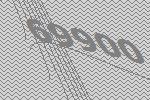
69900